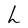
Character: h